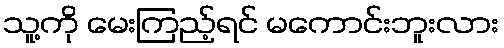
သူ့ကို မေးကြည့်ရင် မကောင်းဘူးလား